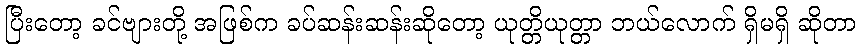
ပြီးတော့ ခင်ဗျားတို့ အဖြစ်က ခပ်ဆန်းဆန်းဆိုတော့ ယုတ္တိယုတ္တာ ဘယ်လောက် ရှိမရှိ ဆိုတာ